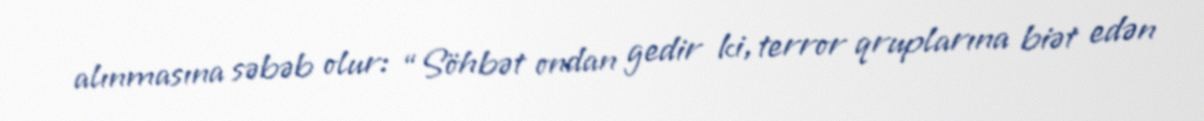
alınmasına səbəb olur: “Söhbət ondan gedir ki, terror qruplarına biət edən